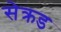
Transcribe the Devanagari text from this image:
सेक्रड